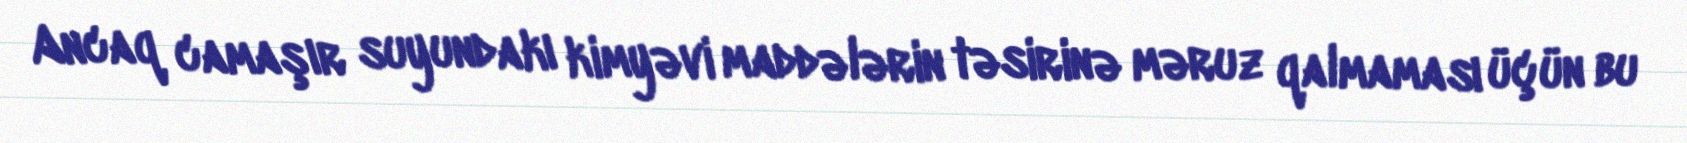
Ancaq camaşır suyundakı kimyəvi maddələrin təsirinə məruz qalmaması üçün bu